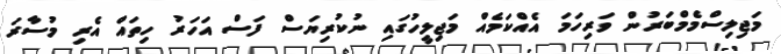
މަޖިލިސްމެމްބަރުން ވަރިހަމަ އެއްކަމެއް މަޖިލީހުގައި ނުކުރިޔަސް ފަސް އަހަރު ހިތައް އެރި މުސާރަ